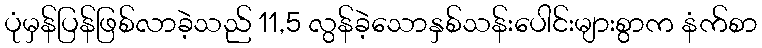
ပုံမှန်ပြန်ဖြစ်လာခဲ့သည် 11,5 လွန်ခဲ့သောနှစ်သန်းပေါင်းများစွာက နံက်စာ